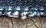
بخوف